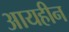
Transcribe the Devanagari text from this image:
आयहीन